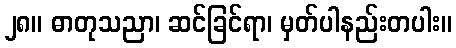
၂၈။ ဓာတုသညာ၊ ဆင်ခြင်ရာ၊ မှတ်ပါနည်းတပါး။